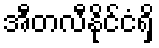
အီတလီနိုင်ငံရှိ